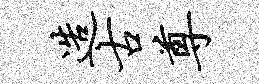
造古尊